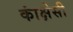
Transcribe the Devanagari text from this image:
कांक्षेसी